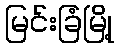
မြင်းခြံမြို့